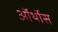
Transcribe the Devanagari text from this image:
ऑर्थोस